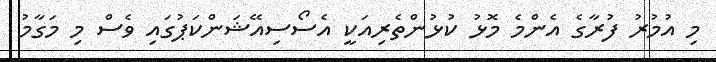
މި އުމުރު ފުރާގެ އެންމެ މޮޅު ކުޅުންތެރިއަކީ އެސޯސިއޭޝަންކަޕުގައި ވެސް މި މަގާމު